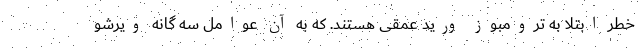
خطر ابتلا به ترومبوز ورید عمقی هستند. که به آن عوامل سه گانه ویرشو